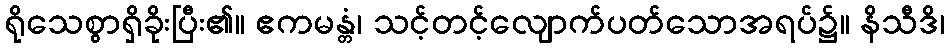
ရိုသေစွာရှိခိုးပြီး၏။ ဧကမန္တံ၊ သင့်တင့်လျောက်ပတ်သောအရပ်၌။ နိသီဒိ၊